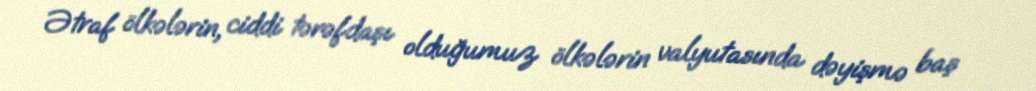
Ətraf ölkələrin, ciddi tərəfdaşı olduğumuz ölkələrin valyutasında dəyişmə baş